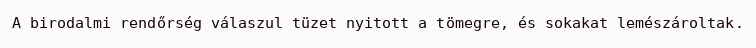
A birodalmi rendőrség válaszul tüzet nyitott a tömegre, és sokakat lemészároltak.